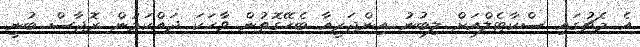
އެ މެޗުގައި ސްކާޓެލްއަށް ލިބުނު އިންޖަރީއާ ބެހޭގޮތުން ވާހަކަ ދައްކަމުން ރޮޖާސް ބުނީ